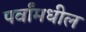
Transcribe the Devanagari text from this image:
पर्वांमधील